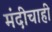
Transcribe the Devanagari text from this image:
मंदीचाही